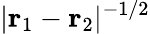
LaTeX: |{\mathbf r}_{1}-{\mathbf r}_{2}|^{-1/2}